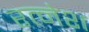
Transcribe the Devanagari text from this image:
रत्‍नेश